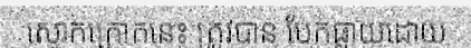
ស្មោកក្រោកនេះ ត្រូវបាន បែកធ្លាយដោយ